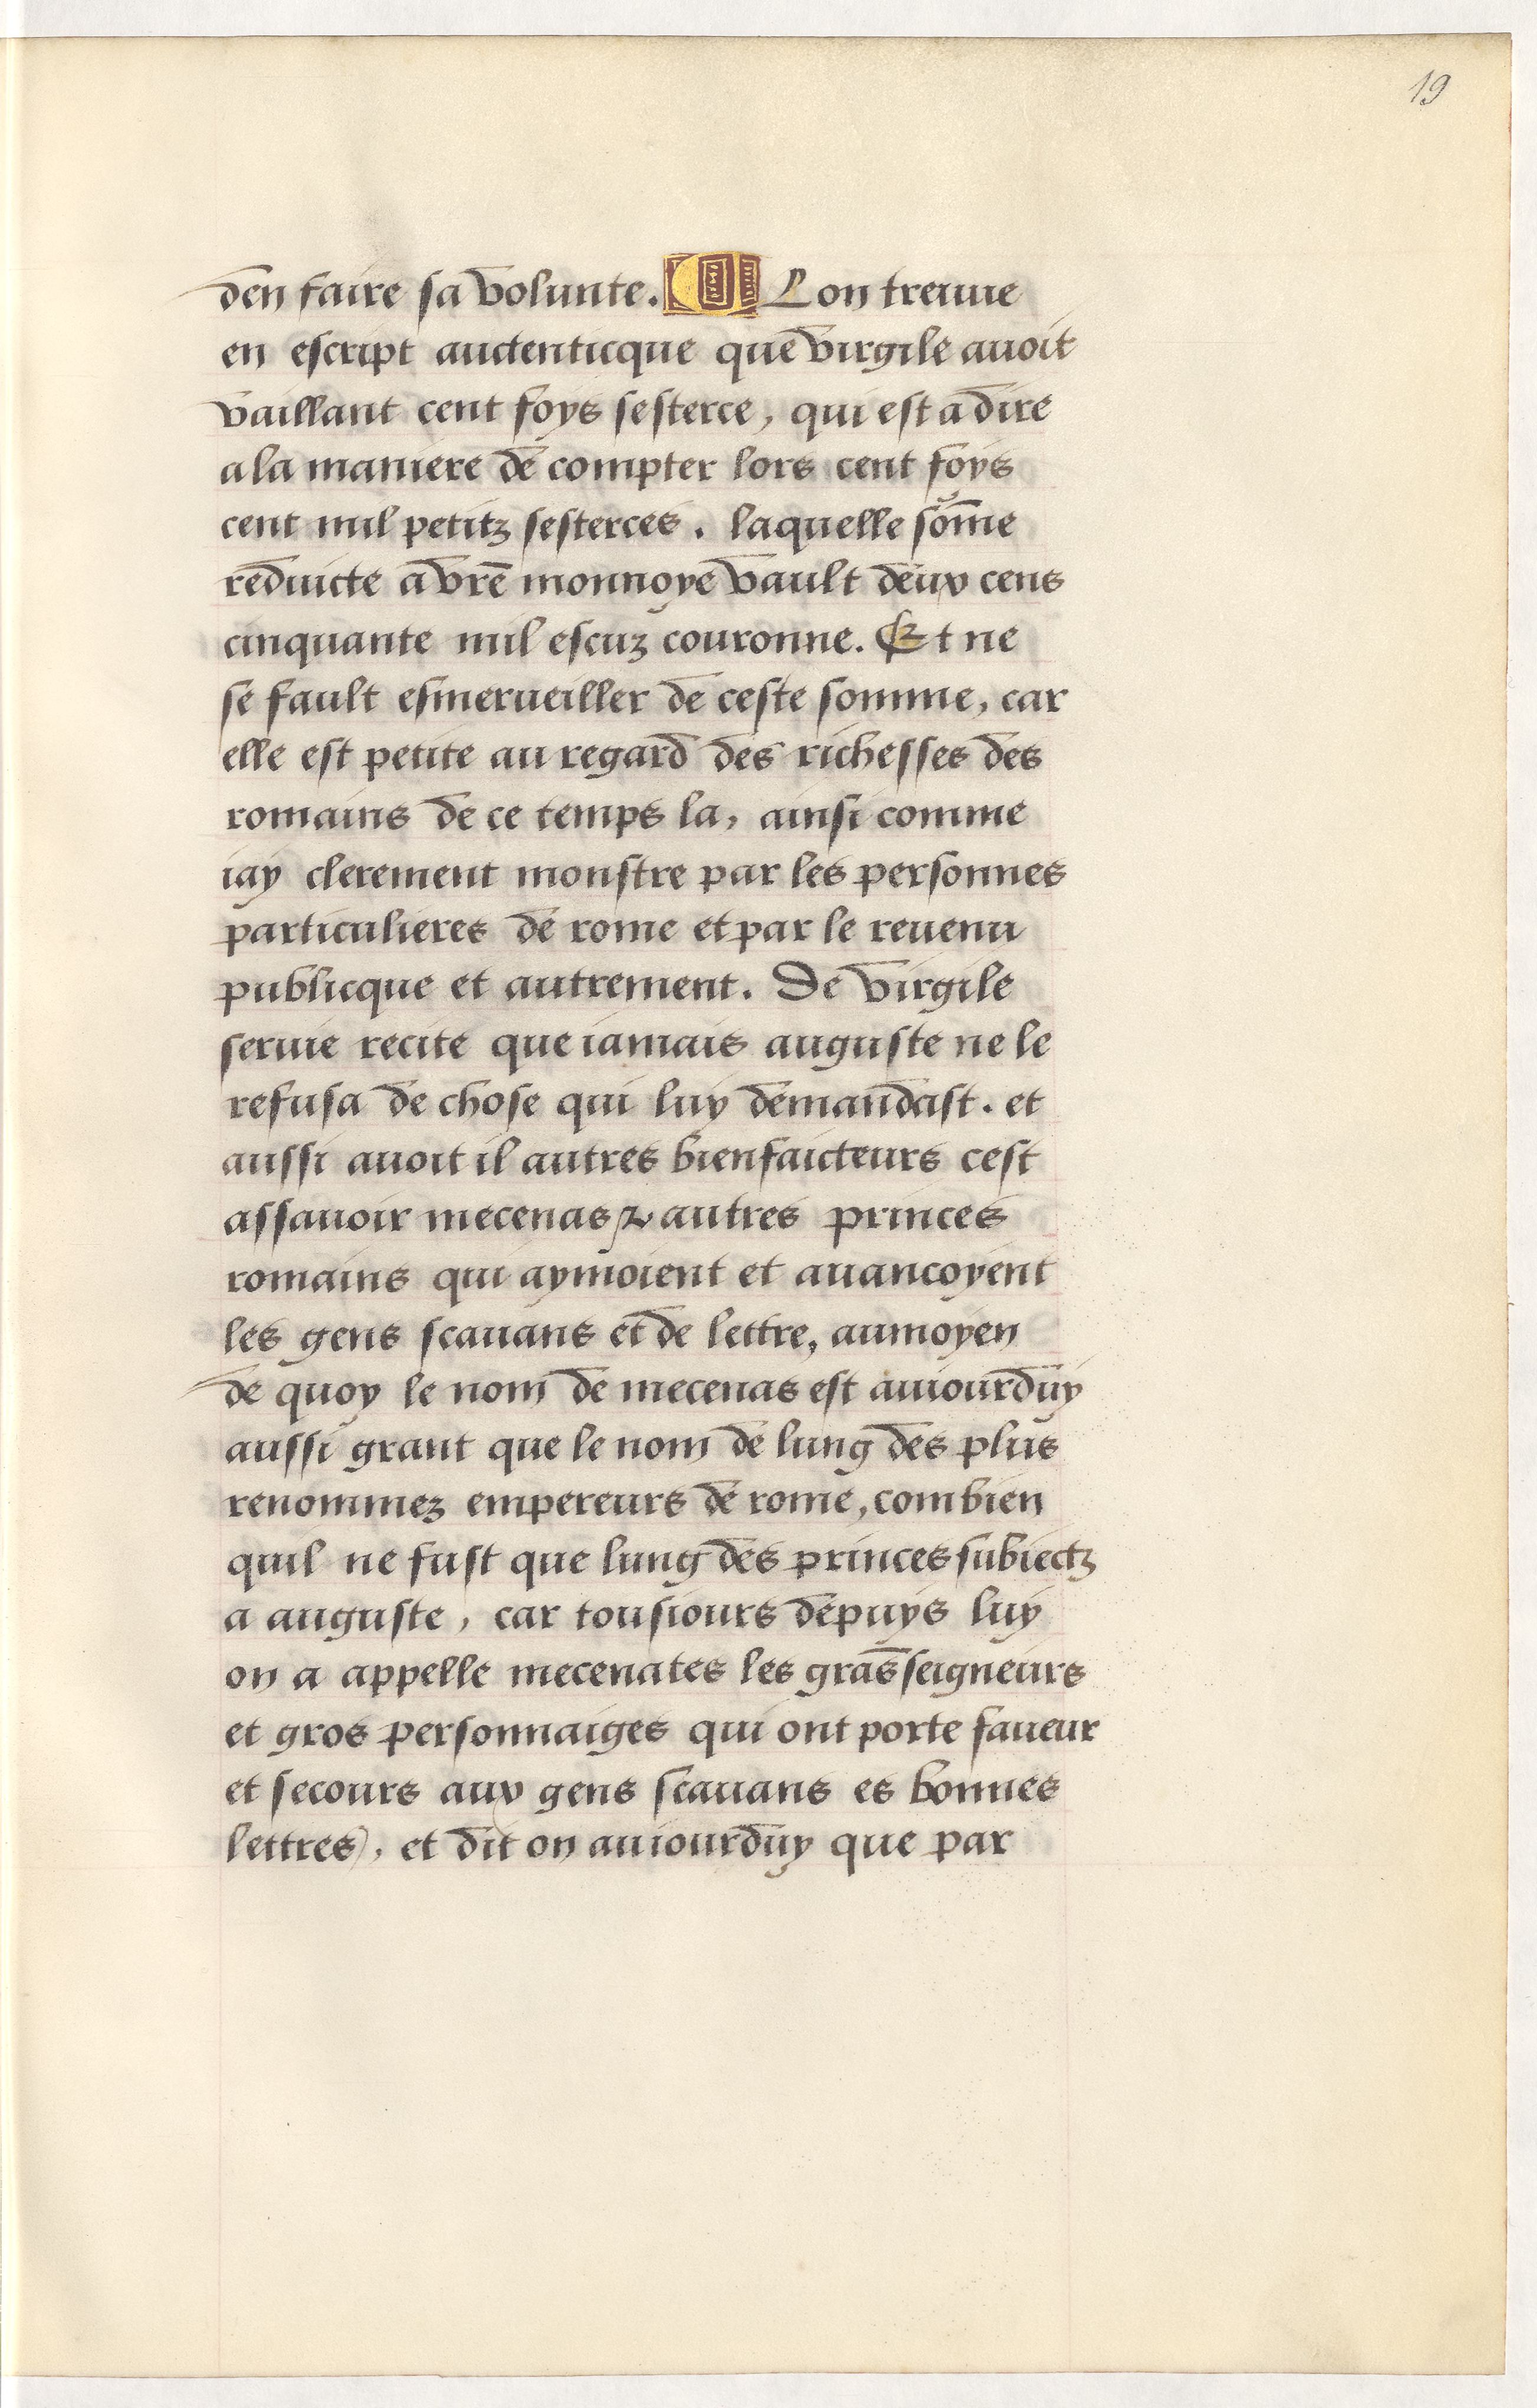
Shelfmark: Paris, BnF, Arsenal, 5103
Century: 15